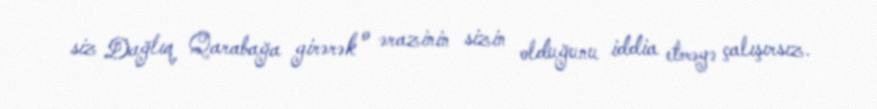
siz Dağlıq Qarabağa girərək o ərazinin sizin olduğunu iddia etməyə çalışırsız.